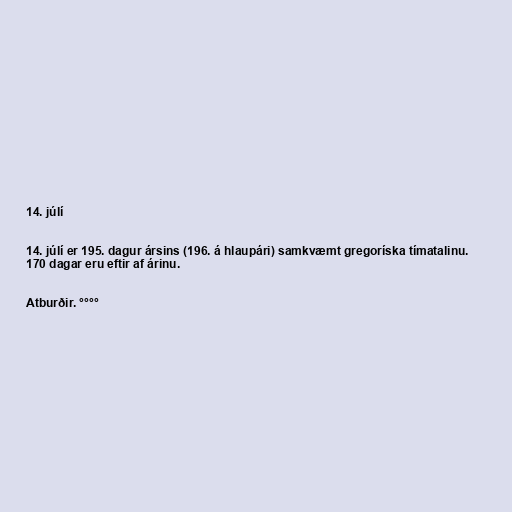
14. júlí

14. júlí er 195. dagur ársins (196. á hlaupári) samkvæmt gregoríska tímatalinu.
170 dagar eru eftir af árinu.

Atburðir. °°°°